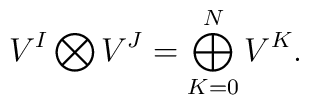
V^I \bigotimes V^J = \bigoplus_{K=0}^{N}V^K.